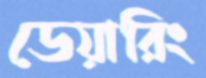
ডেয়ারিং